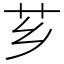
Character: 芗